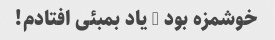
خوشمزه بود … یاد بمبئی افتادم!